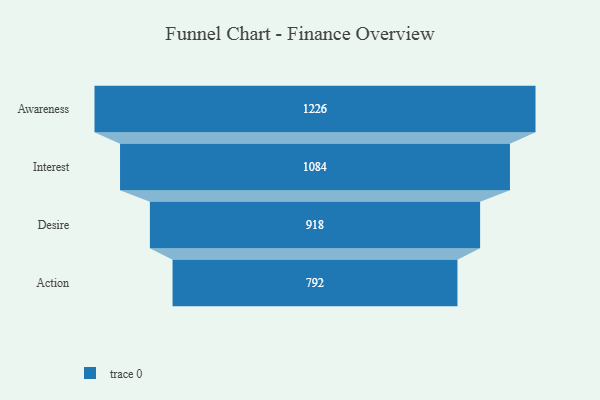
{"axis": {"x": "Stage", "y": "Value"}, "legend": [""], "data": [{"x": "Awareness", "y": 1226.0, "type": ""}, {"x": "Interest", "y": 1084.0, "type": ""}, {"x": "Desire", "y": 918.0, "type": ""}, {"x": "Action", "y": 792.0, "type": ""}]}